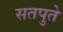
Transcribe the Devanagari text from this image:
सतपुते